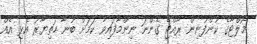
މޯލްޓާގެ ކުންފުނިން ރާއްޖެ ގެންނަ ނިންމާފައިވާ ކަމަށް ބުނާ ހަތިޔާރު އެޅި އެއް